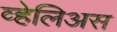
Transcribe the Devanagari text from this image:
व्हेलिअस